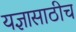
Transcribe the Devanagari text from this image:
यज्ञासाठीच